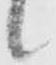
候